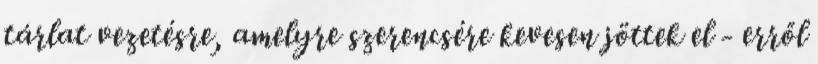
tárlat vezetésre, amelyre szerencsére kevesen jöttek el - erről